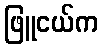
ဖြူငယ်က